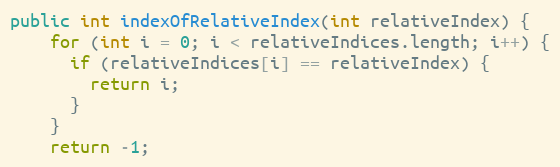
Language: Java
public int indexOfRelativeIndex(int relativeIndex) {
    for (int i = 0; i < relativeIndices.length; i++) {
      if (relativeIndices[i] == relativeIndex) {
        return i;
      }
    }
    return -1;